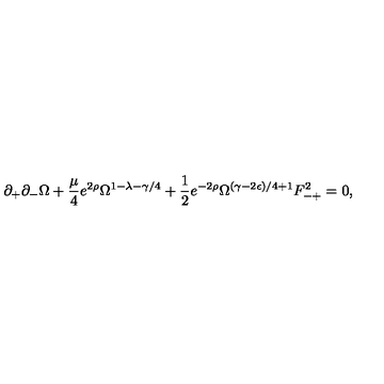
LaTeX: \partial _ { + } \partial _ { - } \Omega + \frac { \mu } { 4 } e ^ { 2 \rho } \Omega ^ { 1 - \lambda - \gamma / 4 } + \frac { 1 } { 2 } e ^ { - 2 \rho } \Omega ^ { ( \gamma - 2 \epsilon ) / 4 + 1 } F _ { - + } ^ { 2 } = 0 ,